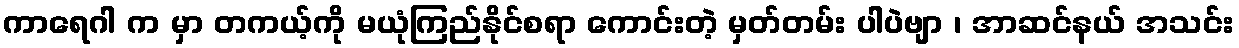
ကာရေဂါ က မှာ တကယ့်ကို မယုံကြည်နိုင်စရာ ကောင်းတဲ့ မှတ်တမ်း ပါပဲဗျာ ၊ အာဆင်နယ် အသင်း